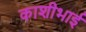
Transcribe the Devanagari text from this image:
काशीभाई